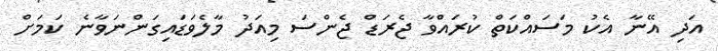
އަދި އޭނާ އެކު މަސައްކަތް ކުރައްވާ ޖެރަޑް ޖެންސަ މިއަދު މާލެވަޑައިގަންނަވާނެ ކަމަށް